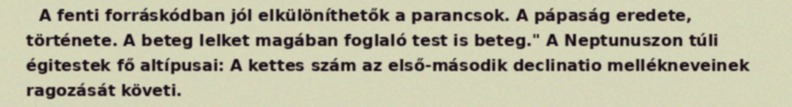
A fenti forráskódban jól elkülöníthetők a parancsok. A pápaság eredete, története. A beteg lelket magában foglaló test is beteg." A Neptunuszon túli égitestek fő altípusai: A kettes szám az első-második declinatio mellékneveinek ragozását követi.